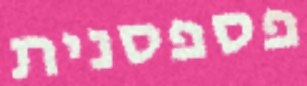
פספסנית